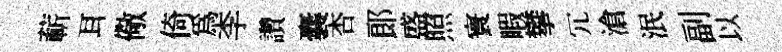
蔪耳儆倚為李讚囊杏郞盛照寰睱攀冗滄泯副以